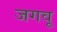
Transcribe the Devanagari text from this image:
जगवू